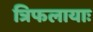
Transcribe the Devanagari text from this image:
त्रिफलायाः